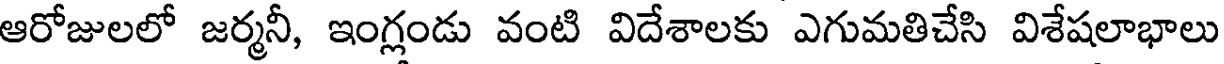
ఆరోజులలో జర్మనీ, ఇంగ్లండు వంటి విదేశాలకు ఎగుమతిచేసి విశేషలాభాలు